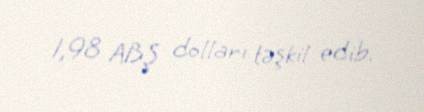
1,98 ABŞ dolları təşkil edib.